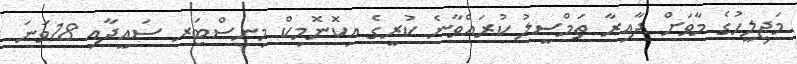
މަޖިލީހުގެ މާވަށް ދާއިރާ ތަމްސީލު ކުރައްވާނެ ކުރީގެ އިކޮނޮމިކް މިނިސްޓަރ ސައީދާއި 18ވަނަ